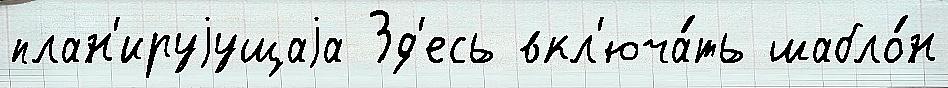
план'ируjущаjа Зд'есь вкл'юча́ть шабло́н